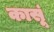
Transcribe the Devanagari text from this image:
कासूं